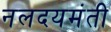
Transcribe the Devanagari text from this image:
नलदयमंती